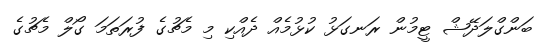
ބަންގްލަދޭޝް ޓީމުން ރަނގަޅު ކުޅުމެއް ދެއްކި މި މެޗުގެ ފުރަތަމަ ގޯލް މެޗުގެ